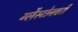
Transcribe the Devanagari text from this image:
ग्लैस्टोनबरी